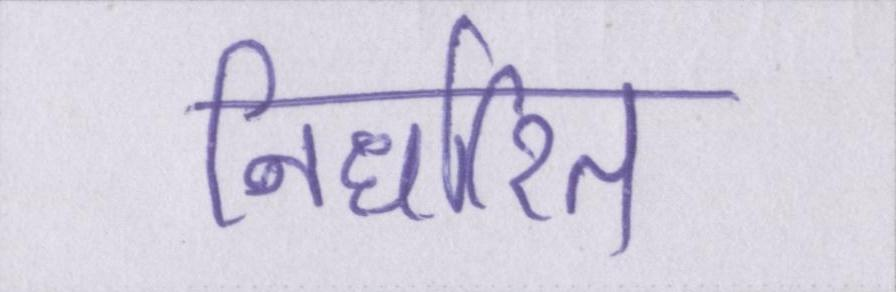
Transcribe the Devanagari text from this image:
निर्धारित